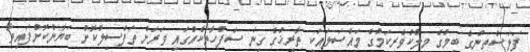
ފަލަސްތީނުގެ ބިމުގެ މިލްކުވެރިކަމުގެ މައްސަލައަކީ ތާރީޚުގެ ގިނަ ސަފްހާތަކެއްގައި ވަރަށް ތަފްސީލުކޮށް ބަޔާންކޮށްފައިވާ